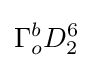
\Gamma _{o}^{b}D_{2}^{6}